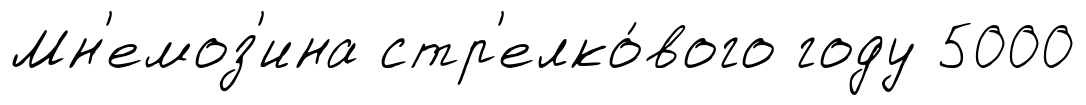
Мн'емоз'ина стр'елко́вого году 5000